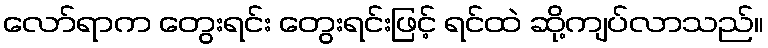
လော်ရာက တွေးရင်း တွေးရင်းဖြင့် ရင်ထဲ ဆို့ကျပ်လာသည်။